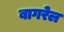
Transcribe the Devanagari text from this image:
बागरेल